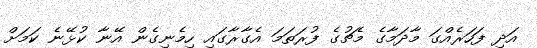
އަދި ފަހަރެއްގަ މާދަމާގެ މެޗުގެ ފުރަތަމަ އެގާރާގައި ހިމެނިގެން އޭނާ ކުޅޭނެ ކަމަށް